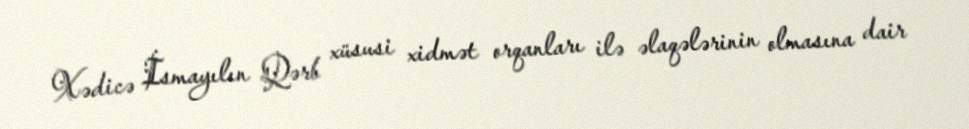
Xədicə İsmayılın Qərb xüsusi xidmət orqanları ilə əlaqələrinin olmasına dair